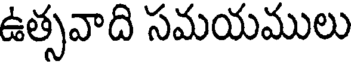
ఉత్సవాది సమయములు